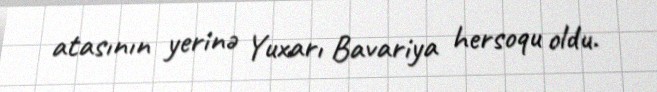
atasının yerinə Yuxarı Bavariya hersoqu oldu.